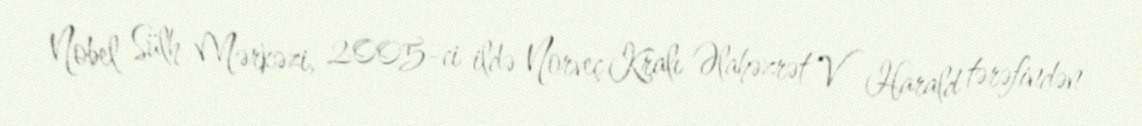
Nobel Sülh Mərkəzi, 2005-ci ildə Norveç Kralı Əlahəzrət V Harald tərəfindən